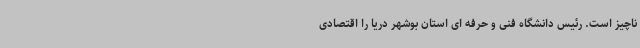
ناچیز است. رئیس دانشگاه فنی و حرفه ای استان بوشهر دریا را اقتصادی